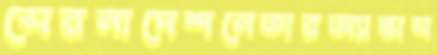
সেরনাদেশনেতারঅ্যাভাস